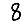
Digit: 8